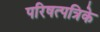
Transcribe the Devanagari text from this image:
परिषत्पत्रिके